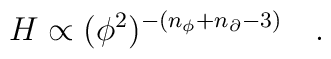
H \propto (\phi^2)^{- (n_{\phi} + n_{\partial} -3)}\quad.